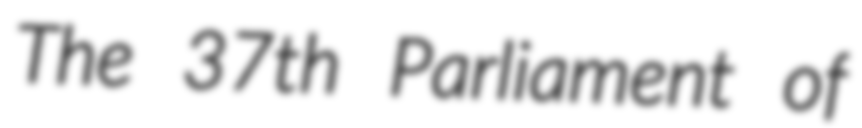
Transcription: The 37th Parliament of